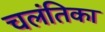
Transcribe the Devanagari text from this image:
चलंतिका